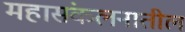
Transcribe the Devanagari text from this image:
महासंकलनातील